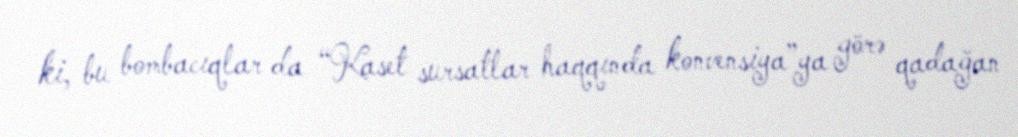
ki, bu bombacıqlar da “Kaset sursatlar haqqında konvensiya”ya görə qadağan